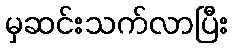
မှဆင်းသက်လာပြီး